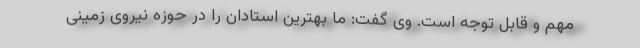
مهم و قابل توجه است. وی گفت: ما بهترین استادان را در حوزه نیروی زمینی